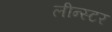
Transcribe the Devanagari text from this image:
लीन्स्टर